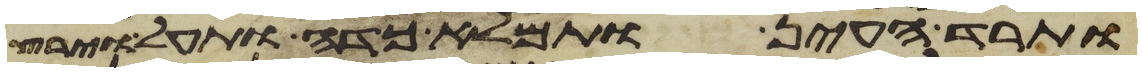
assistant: ותרד העין ותמלא כדה ותעל וירץ